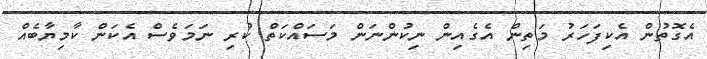
އެގޮތުން އެކިފަހަރު މަތިން އެގެއިން ނިކުންނަން މަސައްކަތް ކުރި ނަމަވެސް އެކަން ކާމިޔާބެއް